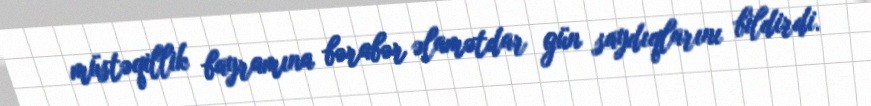
müstəqillik bayramına bərabər əlamətdar gün saydıqlarını bildirdi.